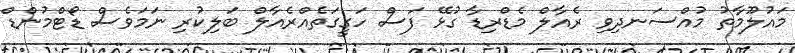
މައުލޫމާތު މުއްސަނދިވި ރެއާލް މެޑްރިޑާ ގުޅޭ ފަސް ހަގީގަތެއްރެއާލް ބަލިކުރި ނަމަވެސް ޑޯޓްމުންޑް